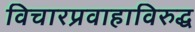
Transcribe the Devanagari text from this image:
विचारप्रवाहाविरुद्ध